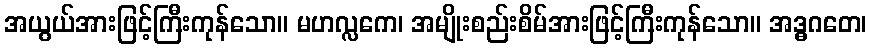
အယွယ်အားဖြင့်ကြီးကုန်သော။ မဟလ္လကေ၊ အမျိုးစည်းစိမ်အားဖြင့်ကြီးကုန်သော။ အဒ္ဓဂတေ၊